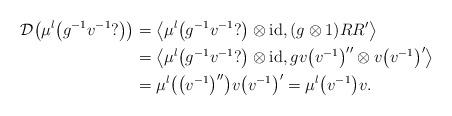
LaTeX: \begin{align*}\mathcal{D}\big(\mu^l\big( g^{-1}v^{-1} ? \big)\big) &= \big\langle \mu^l\big( g^{-1}v^{-1} ? \big) \otimes \mathrm{id}, (g \otimes 1) RR'\big\rangle \\&= \big\langle \mu^l\big( g^{-1}v^{-1} ? \big) \otimes \mathrm{id}, gv\big(v^{-1}\big)'' \otimes v\big(v^{-1}\big)' \big\rangle\\& = \mu^l\big(\big(v^{-1}\big)''\big) v\big(v^{-1}\big)' = \mu^l\big(v^{-1}\big)v.\end{align*}